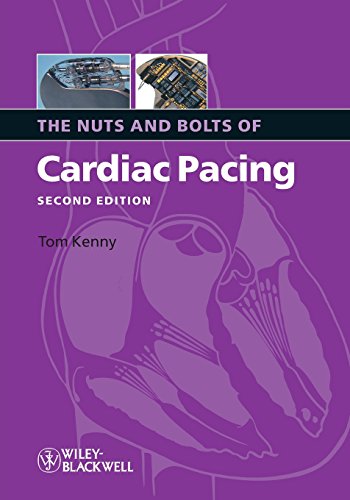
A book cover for The Nuts and Bolts of Cardiac Pacing; Tom Kenny; Medical Books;